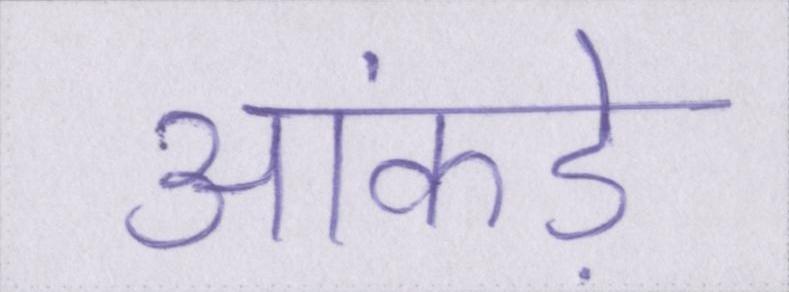
आंकड़े